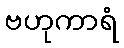
ဗဟုကာရံ